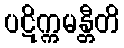
ပဋိက္ကမန္တီတိ